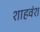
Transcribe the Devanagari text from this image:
शाहवंश